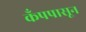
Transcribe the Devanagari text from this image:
कँपपासून